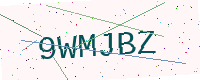
Text: 9WMJBZ